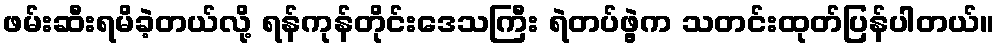
ဖမ်းဆီးရမိခဲ့တယ်လို့ ရန်ကုန်တိုင်းဒေသကြီး ရဲတပ်ဖွဲ့က သတင်းထုတ်ပြန်ပါတယ်။